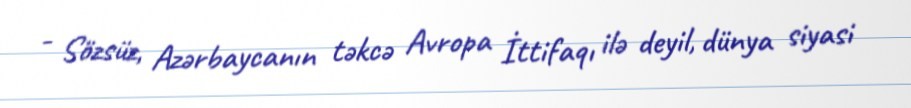
- Sözsüz, Azərbaycanın təkcə Avropa İttifaqı ilə deyil, dünya siyasi